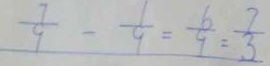
\frac { 7 } { 9 } - \frac { 1 } { 9 } = \frac { 6 } { 9 } = \frac { 7 } { 3 }